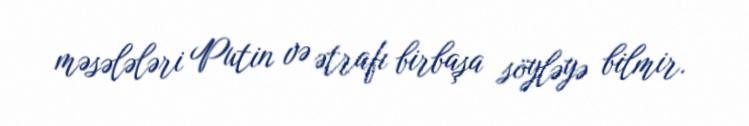
məsələləri Putin və ətrafı birbaşa söyləyə bilmir.